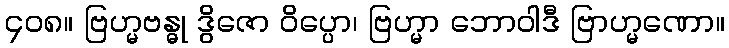
၄၀၈။ ဗြဟ္မဗန္ဓု ဒွိဇော ဝိပ္ပော၊ ဗြဟ္မာ ဘောဝါဒီ ဗြာဟ္မဏော။